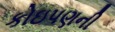
કોઇપણની